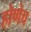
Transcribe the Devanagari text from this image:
होणेच